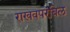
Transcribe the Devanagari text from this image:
राखवपरंबिल